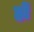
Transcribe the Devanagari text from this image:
र्हो